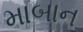
માબાન